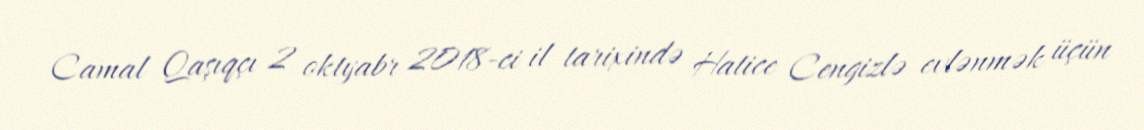
Camal Qaşıqçı 2 oktyabr 2018-ci il tarixində Hatice Cengizlə evlənmək üçün